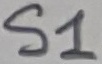
Text: S1